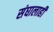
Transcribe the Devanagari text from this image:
संघालाही